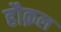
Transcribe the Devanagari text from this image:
हौक़ल